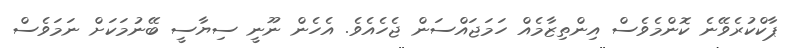
ޕާކްކުރެވޭނެ ކޮންމެވެސް އިންތިޒާމެއް ހަމަޖައްސަން ޖެހެއެވެ. އެހެން ނޫނީ ސިޔާސީ ބޭނުމަކަށް ނަމަވެސް